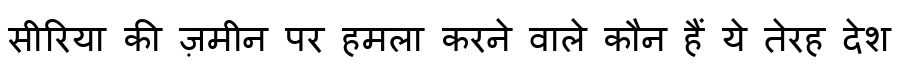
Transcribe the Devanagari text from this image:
सीरिया की ज़मीन पर हमला करने वाले कौन हैं ये तेरह देश